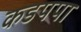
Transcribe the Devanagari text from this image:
कडपपा